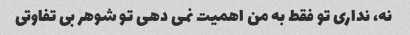
نه، نداری تو فقط به من اهمیت نمی دهی تو شوهر بی تفاوتی